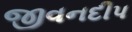
જીવનદીપ